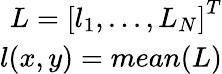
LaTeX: \begin{array}{r}{L={[l_{1},...,L_{N}]}^{T}}\\ {l(x,y)=mean(L)}\end{array}